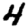
Digit: 4